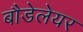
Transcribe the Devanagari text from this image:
बौडेलेयर